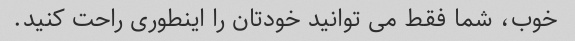
خوب، شما فقط می توانید خودتان را اینطوری راحت کنید.